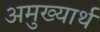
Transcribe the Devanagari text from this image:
अमुख्यार्थ